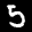
Label: 5